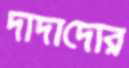
দাদাদোর